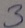
Text: 3